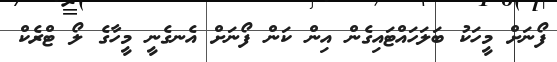
ފޯނަށް މީހަކު ބަލަހައްޓައިގެން އިން ކަން ފޯނަށް އެނގެނީ މީހާގެ ލޯ ޓްރެކް